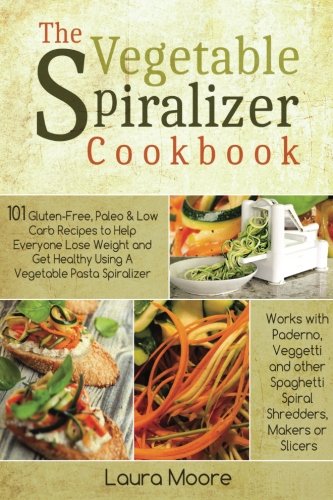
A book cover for The Vegetable Spiralizer Cookbook: 101 Gluten-Free, Paleo & Low Carb Recipes to Help You Lose Weight & Get Healthy Using Vegetable Pasta Spiralizer - for Paderno, Veggetti & Spaghetti Shredders; Laura Moore; Cookbooks, Food & Wine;